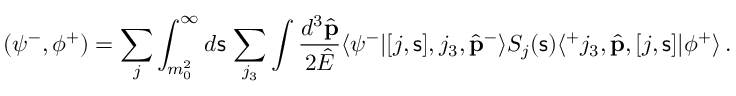
( \psi ^ { - } , \phi ^ { + } ) = \sum _ { j } \int _ { m _ { 0 } ^ { 2 } } ^ { \infty } d { \mathsf s } \, \sum _ { j _ { 3 } } \int \frac { d ^ { 3 } \hat { \bf p } } { 2 \hat { E } } \langle \psi ^ { - } | [ j , { \mathsf s } ] , j _ { 3 } , \hat { \bf p } ^ { - } \rangle S _ { j } ( { \mathsf s } ) \langle ^ { + } j _ { 3 } , \hat { \bf p } , [ j , { \mathsf s } ] | \phi ^ { + } \rangle \, .